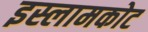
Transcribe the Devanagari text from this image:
इस्लामकोट